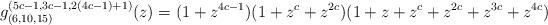
LaTeX: \begin{align*} g_{(6,10,15)}^{(5c-1,3c-1,2(4c-1)+1)}(z)=(1+z^{4c-1})(1+z^c+z^{2c})(1+z+z^c+z^{2c}+z^{3c}+z^{4c}) \end{align*}